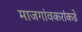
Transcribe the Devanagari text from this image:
माजगांवकरांकडे